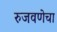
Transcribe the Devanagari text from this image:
रुजवणेचा